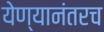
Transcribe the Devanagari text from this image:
येण्यानंतरच